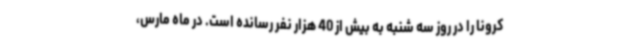
کرونا را در روز سه شنبه به بیش از 40 هزار نفر رسانده است. در ماه مارس،